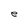
Character: e